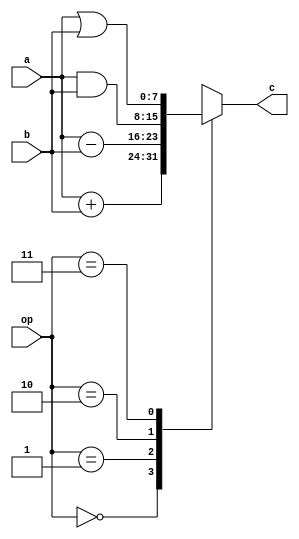

module AluComb(
  input [7:0] a,    //[vetor de 8 posies (0  7)]
  input [7:0] b, 
  input [1:0] op, 
  output [7:0] c);

  reg [7:0] c_reg;
  assign c = c_reg;

  always @(op, a, b) begin    //always == processo //@(area de sensibilidade)
    case (op)                 //case == escolha atravs da variavel op
      0: c_reg <= a + b;
      1: c_reg <= a - b;
      2: c_reg <= a & b;
      3: c_reg <= a | b;
    endcase
  end

endmodule

module test(output v);

  reg [7:0] a;
  reg [7:0] b;
  reg [1:0] op;

  wire [7:0] c;

  AluComb A(a, b, op, c);


  initial begin
    $dumpvars(0, A);
    #10;
    a <= 7;
    b <= 3;
    op <= 0;
    #20;
    op <= 1;
    #30;
    op <= 2;
    #40;
    op <= 3;
    #50;
    op <= 0;
    #500;
    $finish;
  end
endmodule